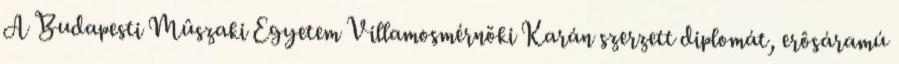
A Budapesti Mûszaki Egyetem Villamosmérnöki Karán szerzett diplomát, erôsáramú